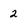
Character: 2